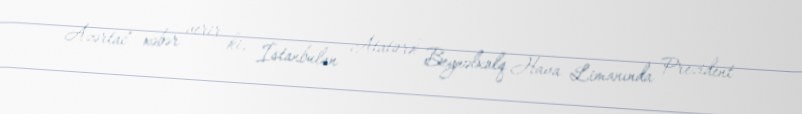
Azərtac" xəbər verir ki, İstanbulun Atatürk Beynəlxalq Hava Limanında Prezident